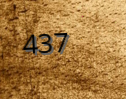
437